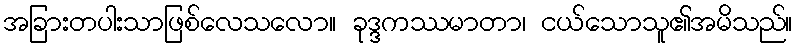
အခြားတပါးသာဖြစ်လေသလော။ ခုဒ္ဒကဿမာတာ၊ ငယ်သောသူ၏အမိသည်။